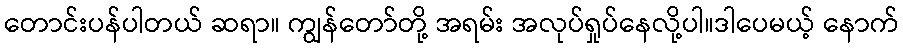
တောင်းပန်ပါတယ် ဆရာ။ ကျွန်တော်တို့ အရမ်း အလုပ်ရှုပ်နေလို့ပါ။ဒါပေမယ့် နောက်